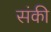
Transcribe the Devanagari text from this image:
संकी